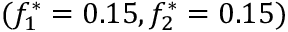
( f _ { 1 } ^ { * } = 0 . 1 5 , f _ { 2 } ^ { * } = 0 . 1 5 )